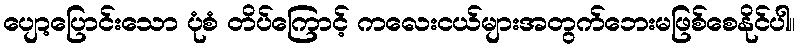
ပျော့ပြောင်းသော ပုံစံ တိပ်ကြောင့် ကလေးငယ်များအတွက်ဘေးမဖြစ်စေနိုင်ပါ။